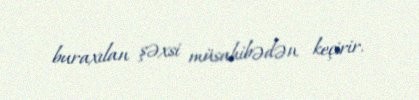
buraxılan şəxsi müsahibədən keçirir.